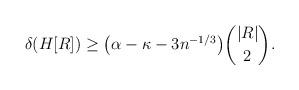
LaTeX: \begin{align*}\delta(H[R]) \geq \big(\alpha -\kappa -3n^{-1/3}\big)\binom{|R|}{2}.\end{align*}